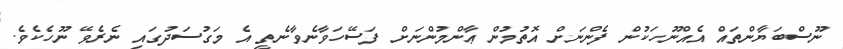
ނޫސްބަޔާންތައް އެއްނޫހަކުން ފެންނަށް އޮތުމުން ޢާންމުންނަށް ފަސޭހަވާނެވާނެތީ އެ މަގުސަދުގައި ނެރެވޭ ނޫހެކެވެ.